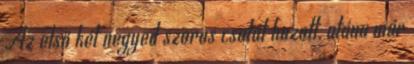
Az első két negyed szoros csatát hozott, utána már